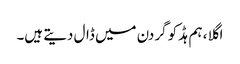
اگلا ، ہم ہڈ کو گردن میں ڈال دیتے ہیں۔